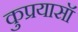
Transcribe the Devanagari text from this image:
कुप्रयासॉ